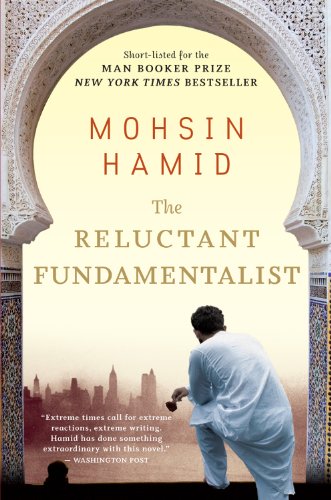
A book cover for The Reluctant Fundamentalist; Mohsin Hamid; Literature & Fiction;